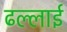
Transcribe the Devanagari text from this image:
ढल्लाई